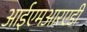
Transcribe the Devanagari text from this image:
आईएमआरएडी